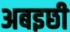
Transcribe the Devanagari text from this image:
अबइछी